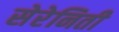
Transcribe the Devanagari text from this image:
सेरेनिती